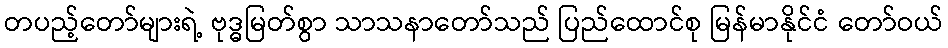
တပည့်တော်များရဲ့ ဗုဒ္ဓမြတ်စွာ သာသနာတော်သည် ပြည်ထောင်စု မြန်မာနိုင်ငံ တော်ဝယ်